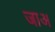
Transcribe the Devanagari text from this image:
जाअ